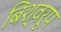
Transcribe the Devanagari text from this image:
बिश्वरूप